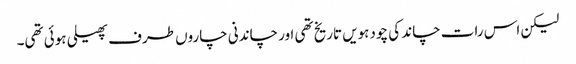
لیکن اس رات چاند کی چودہویں تاریخ تھی اور چاندنی چاروں طرف پھیلی ہوئی تھی۔